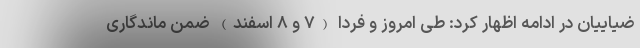
ضیاییان در ادامه اظهار کرد: طی امروز و فردا (۷ و ۸ اسفند) ضمن ماندگاری